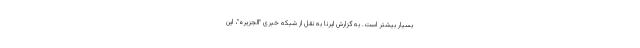
بسیار بیشتر است. به گزارش ایرنا به نقل از شبکه خبری "الجزیره"، این